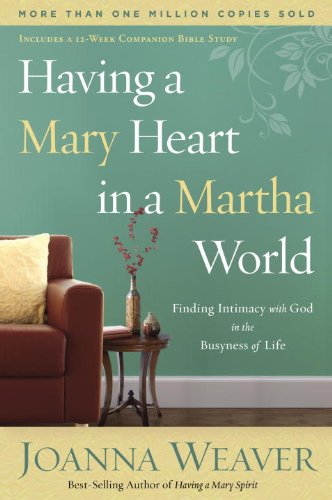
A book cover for Having a Mary Heart in a Martha World: Finding Intimacy With God in the Busyness of Life; Joanna Weaver; Christian Books & Bibles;